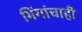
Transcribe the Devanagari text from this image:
भिंगांचाही